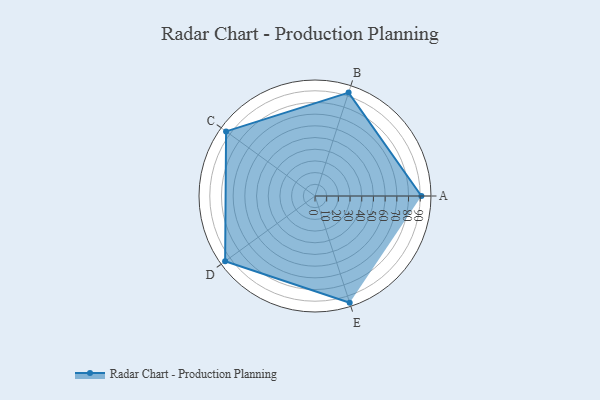
{"axis": {"x": "Skill", "y": "Score"}, "legend": ["Profile"], "data": [{"x": "A", "y": 91.0, "type": "Profile"}, {"x": "B", "y": 93.0, "type": "Profile"}, {"x": "C", "y": 94.0, "type": "Profile"}, {"x": "D", "y": 95.0, "type": "Profile"}, {"x": "E", "y": 96.0, "type": "Profile"}]}